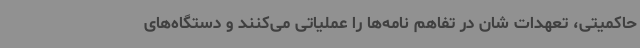
حاکمیتی، تعهدات شان در تفاهم نامه‌ها را عملیاتی می‌کنند و دستگاه‌های